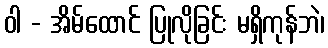
ဝါ - အိမ်ထောင် ပြုလိုခြင်း မရှိကုန်ဘဲ၊